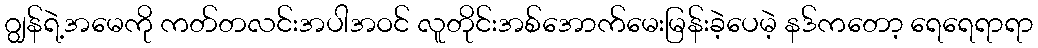
ဂျွန်ရဲ့အမေကို ကတ်တလင်းအပါအဝင် လူတိုင်းအစ်အောက်မေးမြန်းခဲ့ပေမဲ့ နဒ်ကတော့ ရေရေရာရာ